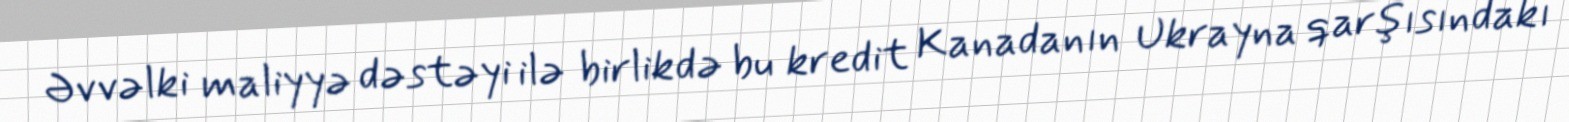
Əvvəlki maliyyə dəstəyi ilə birlikdə bu kredit Kanadanın Ukrayna qarşısındakı